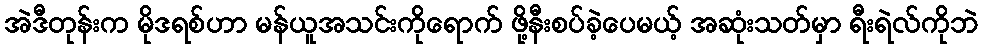
အဲဒီတုန်းက မိုဒရစ်ဟာ မန်ယူအသင်းကိုရောက် ဖို့နီးစပ်ခဲ့ပေမယ့် အဆုံးသတ်မှာ ရီးရဲလ်ကိုဘဲ